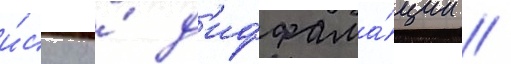
и́ску о́ д'иффама́ции /